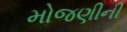
મોજણીની